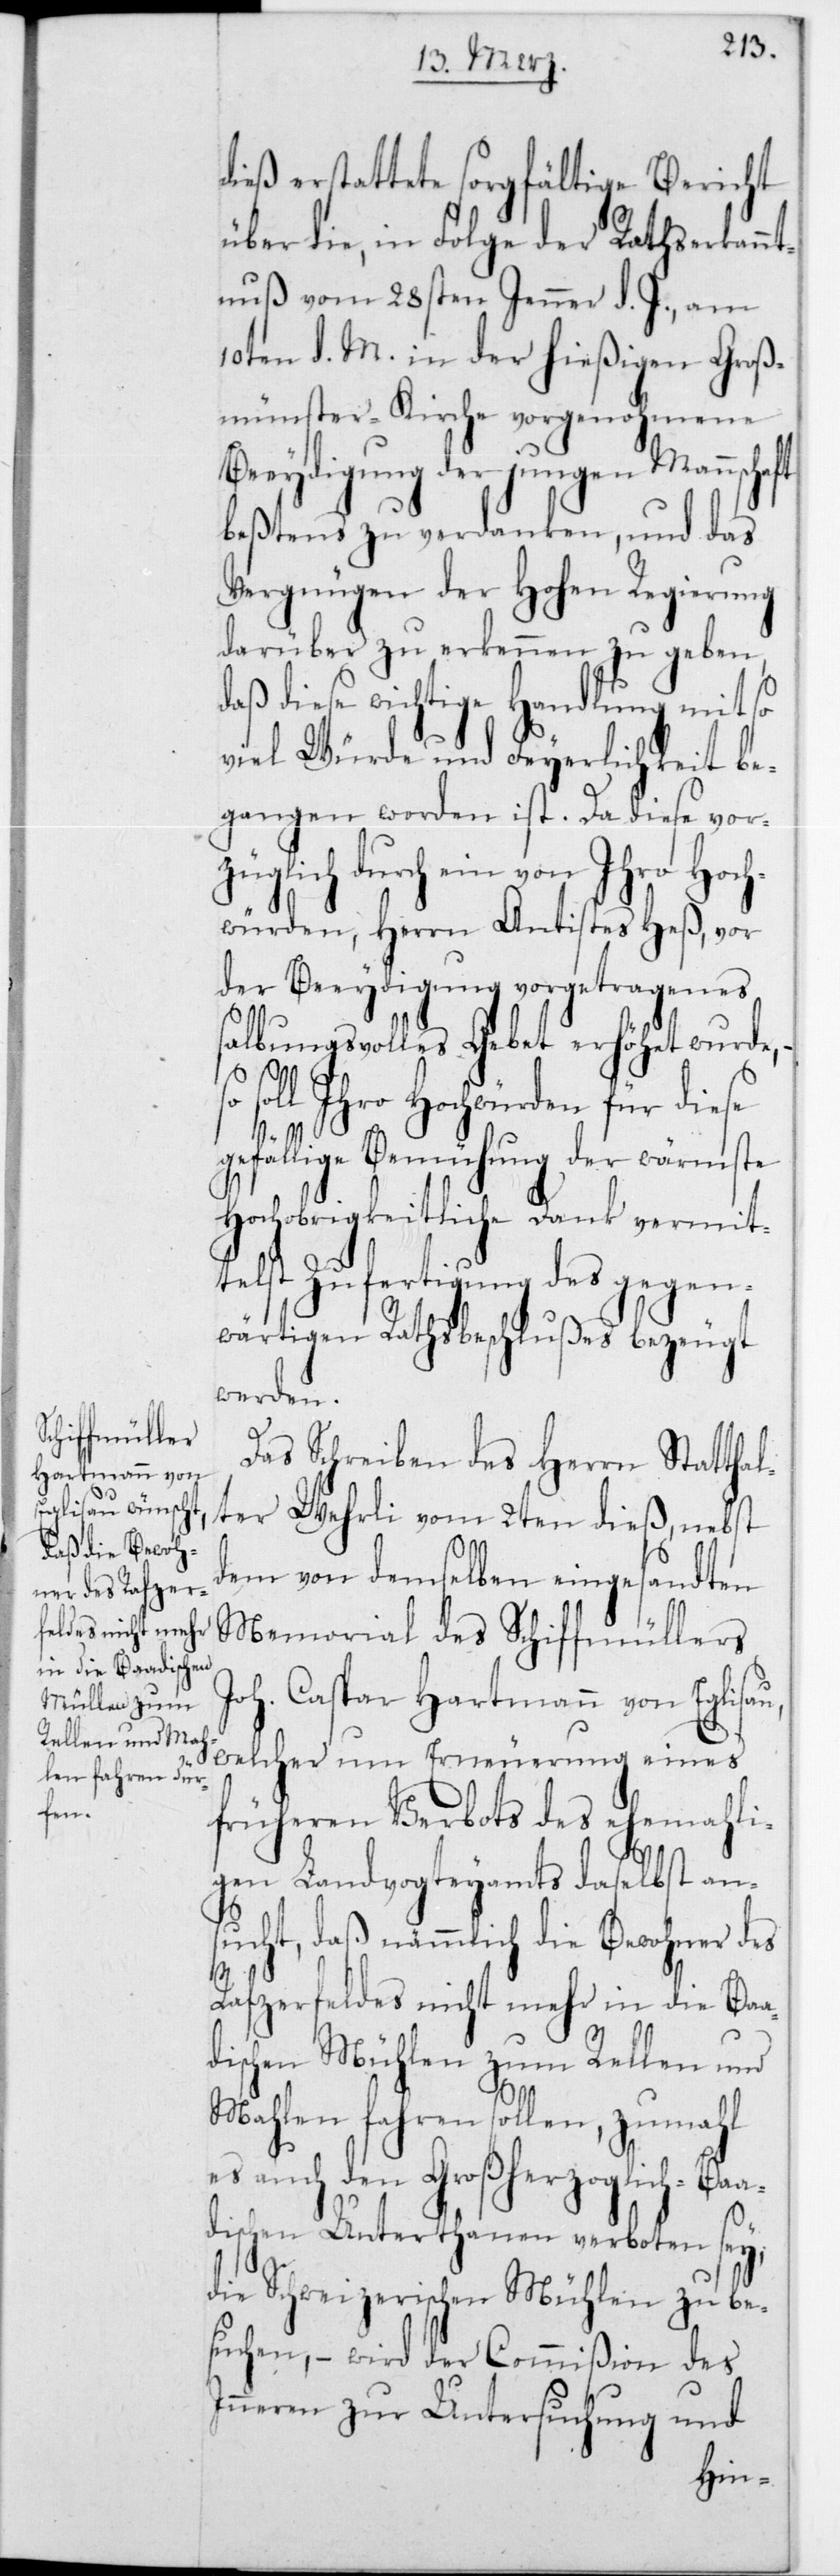
dieß erstattete sorgfältige Bericht
über die, in Folge der Rathserkannt¬
nuß vom 28sten Jenner d. J., am
10ten d. M. in der hießigen Groß¬
münster-Kirche vorgenohmene
Beeydigung der jungen Mannschaft
bestens zu verdanken, und das
Vergnügen der Hohen Regierung
darüber zu erkennen zu geben,
daß diese wichtige Handlung mit so
viel Würde und Feyerlichkeit be¬
gangen worden ist. Da diese vor¬
züglich durch ein von Ihro Hoch¬
würden, Herrn Antistes Heß, vor
der Beeydigung vorgetragenes
salbungsvolles Gebet erhöhet wurde,
Ihro Hochwürden für diese
gefällige Bemühung der wärmste
Hochobrigkeitliche Dank vermit¬
telst Zufertigung des gegen¬
wärtigen Rathsbeschlußes bezeugt
werden.
Das Schreiben des Herrn Statthal¬
ter Wehrli vom 2ten dieß, nebst
dem von demselben eingesandten
Memorial des Schiffmüllers
Joh. Caspar Hartmann von Eglisau,
welcher um Erneuerung eines
früheren Verbots des ehemali¬
gen Landvogteyamts daselbst an¬
sucht, daß nämmlich die Bewohner des
Rafzerfeldes nicht mehr in die Baa¬
dischen Mühlen zum Rellen und
Mahlen fahren sollen, zumahl
es auch den Großherzoglich-Baa¬
dischen Unterthanen verboten sey,
die Schweizerischen Mühlen zu be¬
suchen, – wird der Commißion des
Innern zur Untersuchung und